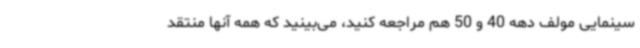
سینمایی مولف دهه 40 و 50 هم مراجعه کنید، می‌بینید که همه آنها منتقد